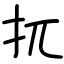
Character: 扤